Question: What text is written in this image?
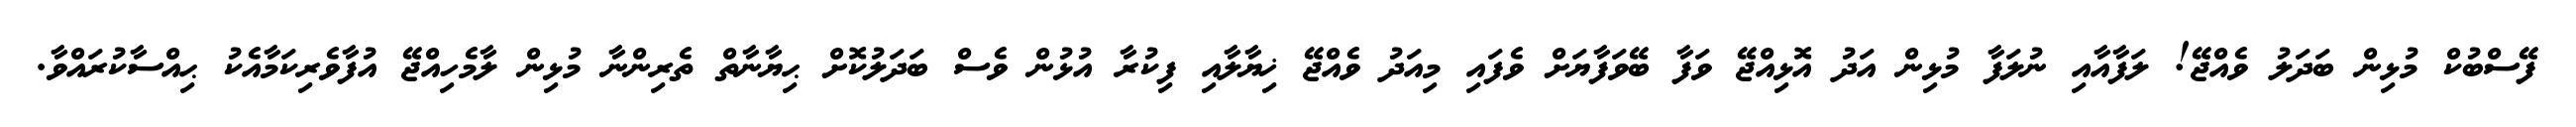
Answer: ފޭސްބުކް މުޅިން ބަދަލު ވެއްޖޭ! ލަފާއާއި ނުލަފާ މުޅިން އަދު އޮޅިއްޖޭ ވަފާ ބޭވަފާޔަށް ވެފައި މިއަދު ވެއްޖޭ ޚިޔާލާއި ފިކުރާ އުޅުން ވެސް ބަދަލުކޮށް ޙިޔާނާތް ތެރިންނާ މުޅިން ލާމެހިއްޖޭ އުފާވެރިކަމާއެކު ޙިއްސާކުރައްވާ.